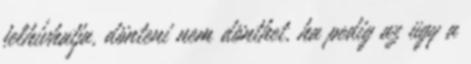
felhívhatja, dönteni nem dönthet, ha pedig az ügy a